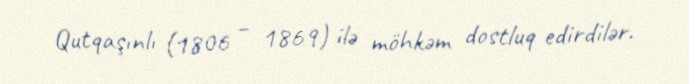
Qutqaşınlı (1806 – 1869) ilə möhkəm dostluq edirdilər.